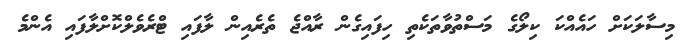
މިސާލަކަށް ހައެއްކަ ކިލޯގެ މަސްތުވާތަކެތި ހިފައިގެން ރާއްޖެ ތެރެއިން ލާފައި ޓްރެވެލްކޮށްލާފައި އެންމެ